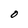
Character: O